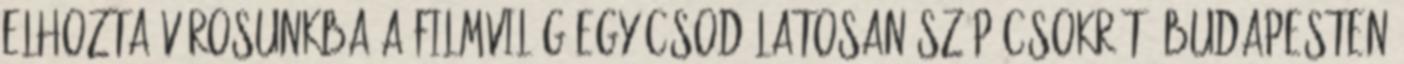
elhozta városunkba a filmvilág egy csodálatosan szép csokrát, Budapesten